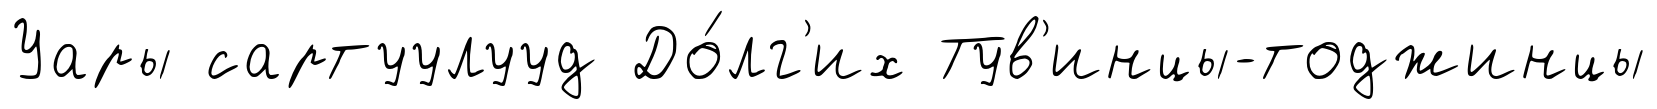
Уары сартуулууд До́лг'их Тув'инцы-тоджинцы